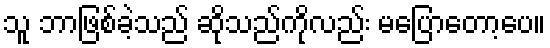
သူ ဘာဖြစ်ခဲ့သည် ဆိုသည်ကိုလည်း မပြောတော့ပေ။